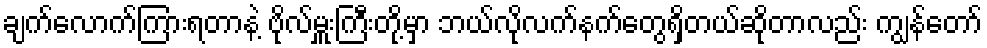
ချက်လောက်ကြားရတာနဲ့ ဗိုလ်မှူးကြီးတို့မှာ ဘယ်လိုလက်နက်တွေရှိတယ်ဆိုတာလည်း ကျွန်တော်